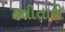
હતીતારી